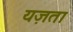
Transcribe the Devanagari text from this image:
यज़ता